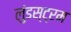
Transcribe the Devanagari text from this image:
लुंडस्ट्रम